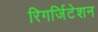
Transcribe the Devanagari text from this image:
रिगर्जिटेशन